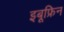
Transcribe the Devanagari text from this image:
इबूफ्रिन